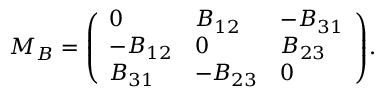
M _ { B } = { \left( \begin{array} { l l l } { 0 } & { B _ { 1 2 } } & { - B _ { 3 1 } } \\ { - B _ { 1 2 } } & { 0 } & { B _ { 2 3 } } \\ { B _ { 3 1 } } & { - B _ { 2 3 } } & { 0 } \end{array} \right) } .